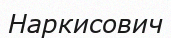
Наркисович